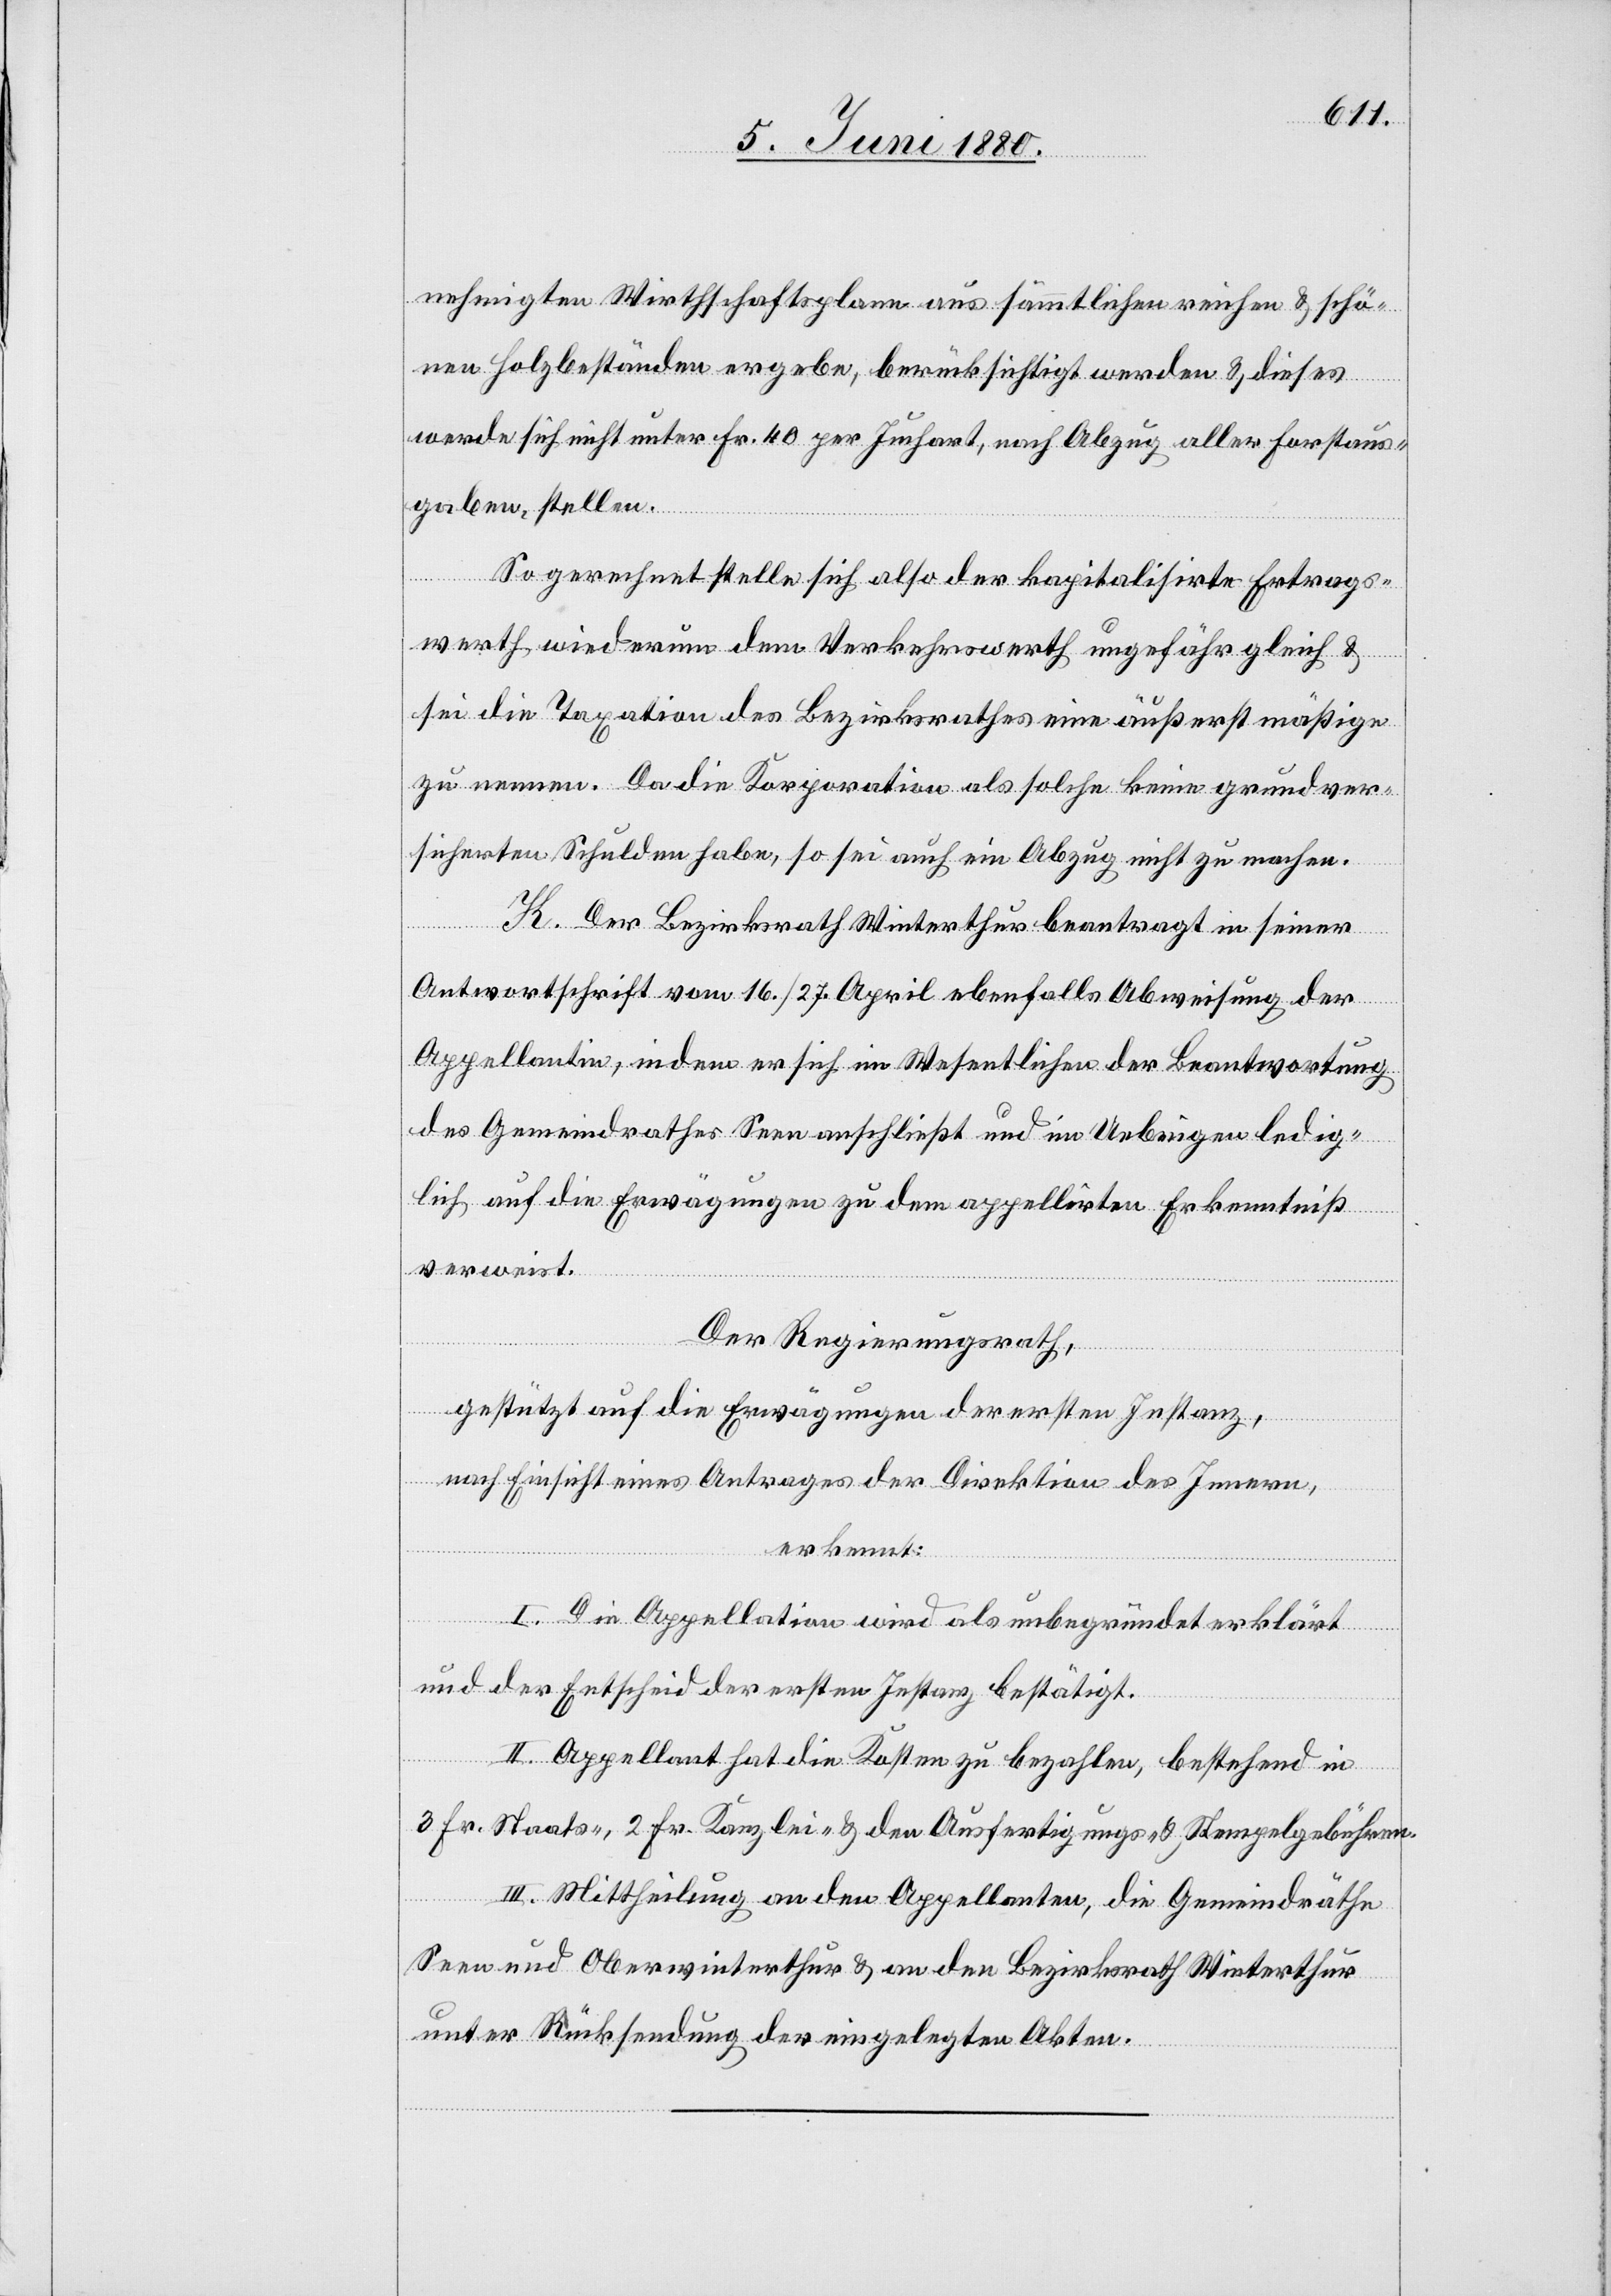
nehmigten Wirthschaftsplane aus sämmtlichen reichen & schö¬
nen Holzbeständen ergebe, berücksichtigt werden & dieses
werde sich nicht unter Fr. 40 per Juchart, nach Abzug aller Forstaus¬
gaben, stellen.
So gerechnet stelle sich also der kapitalisirte Ertrags¬
werth wiederum dem Verkehrswerth ungefähr gleich &
sei die Taxation des Bezirksrathes eine äußerst mäßige
zu nennen. Da die Korporation als solche keine grundver¬
sicherten Schulden habe, so sei auch ein Abzug nicht zu machen.
K. Der Bezirksrath Winterthur beantragt in seiner
Antwortschrift vom 16./27. April ebenfalls Abweisung der
Appellantin, indem er sich im Wesentlichen der Beantwortung
des Gemeindrathes Seen anschließt und im Uebrigen ledig¬
lich auf die Erwägungen zu dem appellirten Erkenntniß
verweist.
Der Regierungsrath,
gestützt auf die Erwägungen der ersten Instanz,
nach Einsicht eines Antrages der Direktion des Innern,
erkennt:
I. Die Appellation wird als unbegründet erklärt
und der Entscheid der ersten Instanz bestätigt.
II. Appellant hat die Kosten zu bezahlen, bestehend in
3 Fr. Staats-, 2 Fr. Kanzlei- & den Ausfertigungs- & Stempelgebühren.
III. Mittheilung an den Appellanten, die Gemeindräthe
Seen und Oberwinterthur & an den Bezirksrath Winterthur
unter Rücksendung der eingelegten Akten.